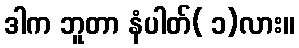
ဒါက ဘူတာ နံပါတ်( ၁)လား။